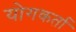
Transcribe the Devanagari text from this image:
योगकर्ता